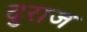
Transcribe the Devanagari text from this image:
दुराज